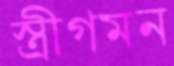
স্ত্রীগমন